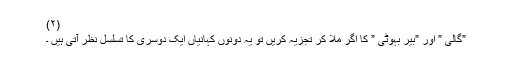
(۲)
”گالی ” اور ”بیر بہوٹی ” کا اگر ملا کر تجزیہ کریں تو یہ دونوں کہانیاں ایک دوسری کا تسلسل نظر آتی ہیں ۔